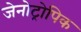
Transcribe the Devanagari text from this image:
जेनोट्रोपिक